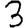
Digit: 3